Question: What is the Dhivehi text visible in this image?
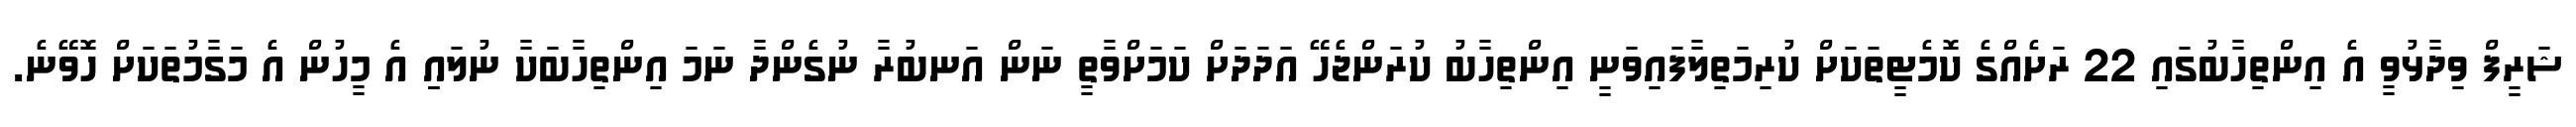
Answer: ޝަރީފް ވިދާޅުވީ އެ އިންތިހާބުގައި 22 ރަށެއްގެ ކޮމެޓީތަކަށް ކުރިމަތިލާފައިވަނީ އިންތިހާބު ކުރަންޖެހޭ އަދަދަށް ކަމަށްވާތީ ނަން އަނބުރާ ނުގެންދާ ނަމަ އިންތިހާބަކާ ނުލައިި އެ މީހުން އެ މަގާމުތަކަށް ހޮވޭނެ.